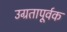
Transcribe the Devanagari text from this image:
उग्रतापूर्वक